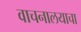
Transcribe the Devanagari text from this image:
वाचनालयाचा